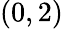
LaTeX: (0,2)